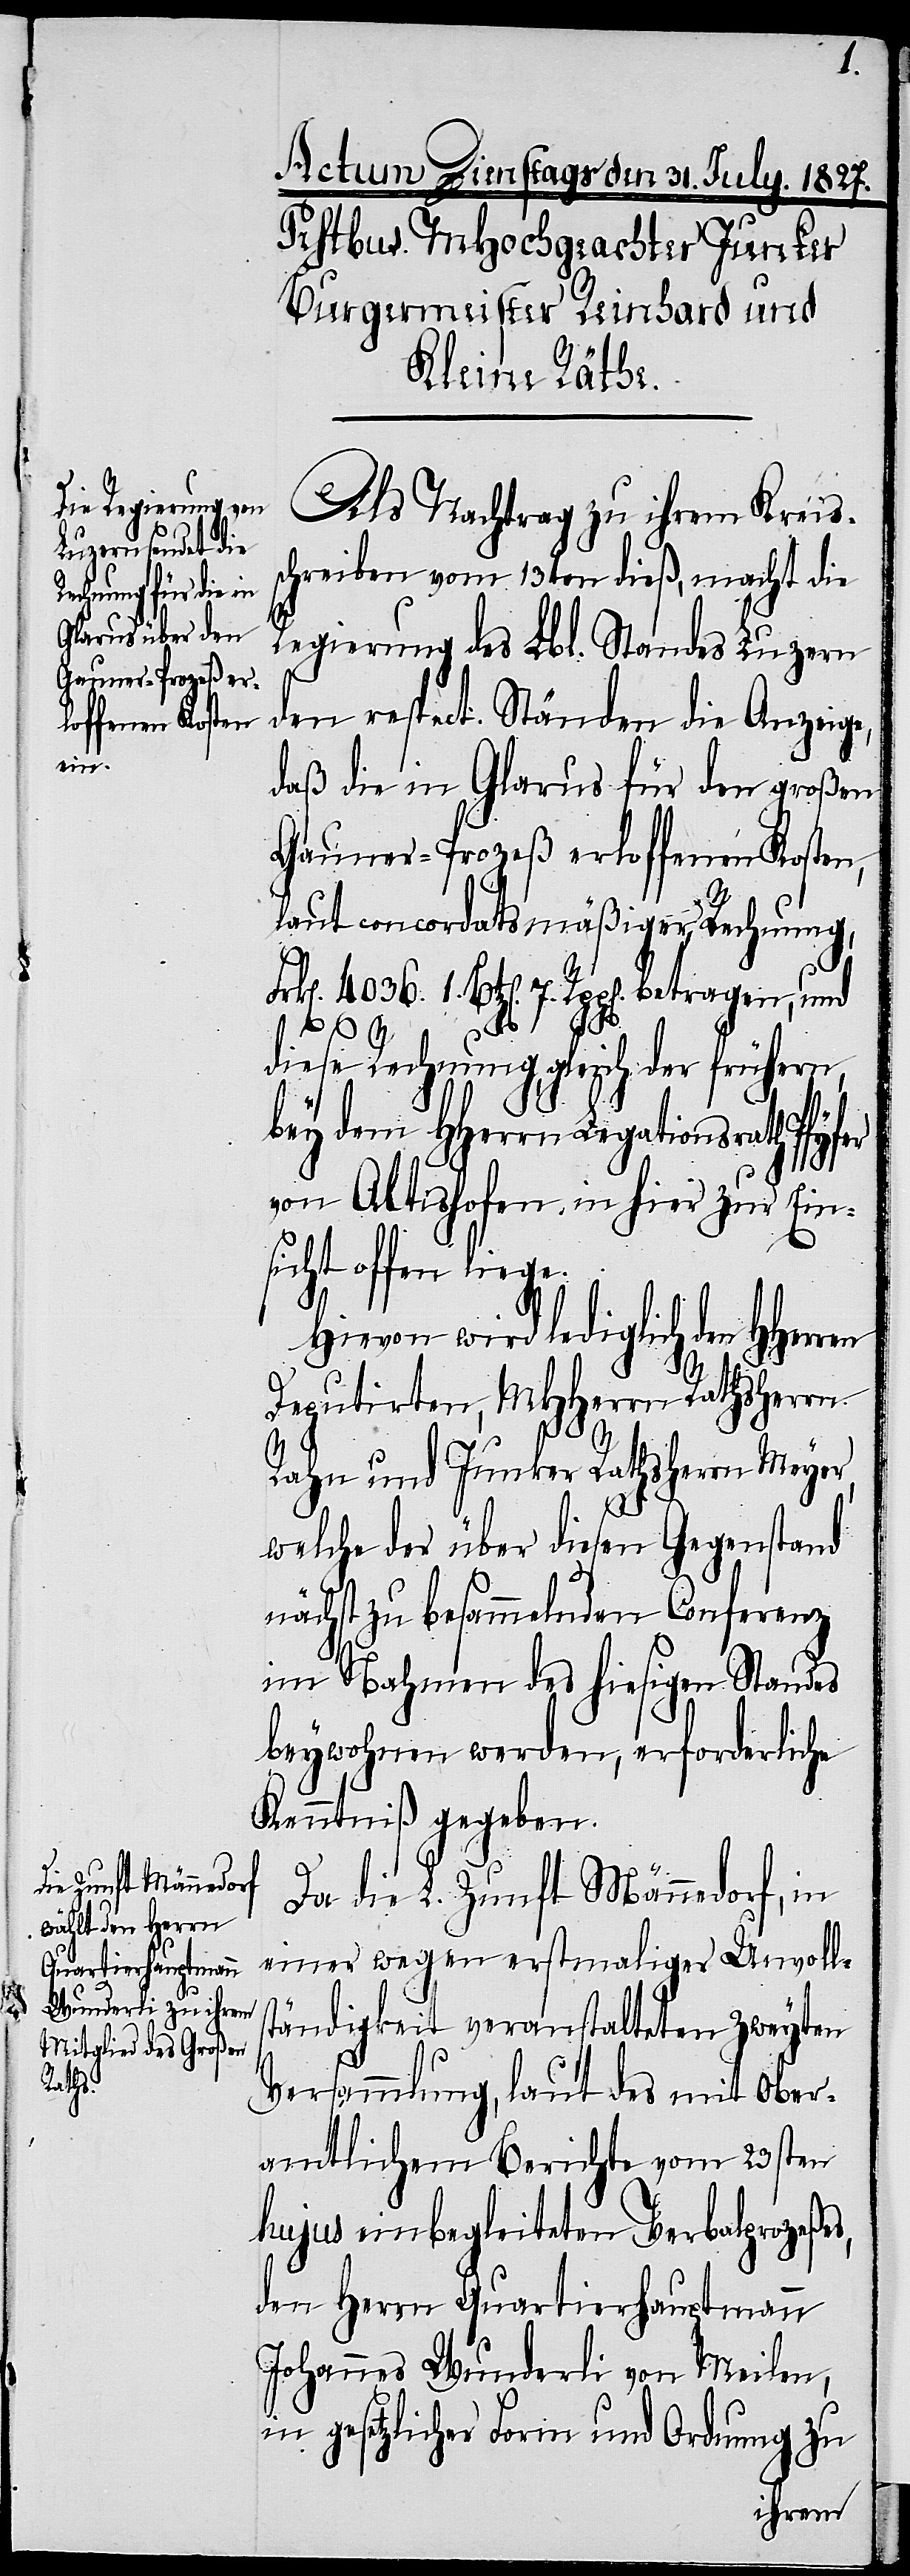
Als Nachtrag zu ihrem Kreis¬
schreiben vom 13ten dieß, macht die
Regierung des Lbl. Standes Luzern
den respect. Ständen die Anzeige,
daß die in Glarus für den großen
Gauner-Prozeß erloffenen Kosten,
laut concordatsmäßiger Rechnung,
4036.
1.
7.
diese Rechnung gleich der frühern,
bey dem HHerrn Legationsrath Pfyfer
von Altishofen in hier zur Eins¬
icht offen liege.
Hievon wird lediglich den
Deputirten, MHHerrn Rathsherrn
Rahn und Junker Rathsherrn Meyer,
welche der über diesen Gegenstand
nächst zu besammelnden Conferenz
im Nahmen des hiesigen Standes
beywohnen werden, erforderliche
Kenntniß gegeben.
Da die L. Zunft Männedorf, in
einer wegen erstmaliger Unvoll¬
ständigkeit veranstalteten zweyten
Versammlung, laut des mit Ober¬
amtlichem Berichte vom 23sten
hujus einbegleiteten Verbalprozeßes,
den Herrn Quartierhauptmann
Johannes Wunderli von Meilen,
in gesetzlicher Form und Ordnung zu